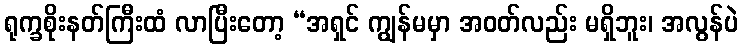
ရုက္ခစိုးနတ်ကြီးထံ လာပြီးတော့ “အရှင် ကျွန်မမှာ အဝတ်လည်း မရှိဘူး၊ အလွန်ပဲ